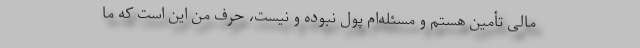
مالی تأمین هستم و مسئله‌ام پول نبوده و نیست، حرف من این است که ما